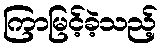
ကြာမြင့်ခဲ့သည့်